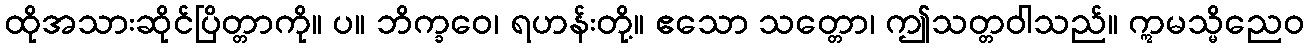
ထိုအသားဆိုင်ပြိတ္တာကို။ ပ။ ဘိက္ခဝေ၊ ရဟန်းတို့။ ဧသော သတ္တော၊ ဤသတ္တဝါသည်။ ဣမသ္မိညေဝ